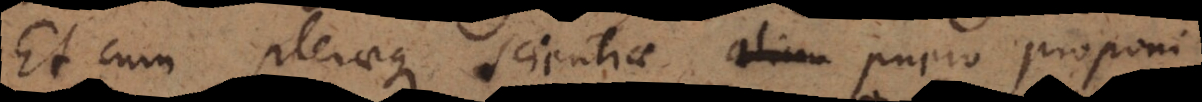
Et cum pleraeque scientiae puero proponi